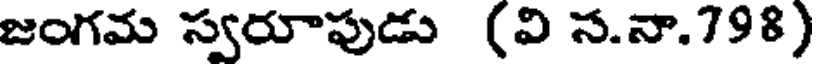
జంగమ స్వరూపుడు (వి స.నా.798)